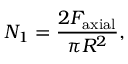
N _ { 1 } = \frac { 2 F _ { \mathrm { a x i a l } } } { \pi R ^ { 2 } } ,